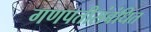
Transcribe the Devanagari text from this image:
गणपतीसंबंधित